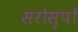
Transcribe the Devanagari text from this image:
सरोसृपों